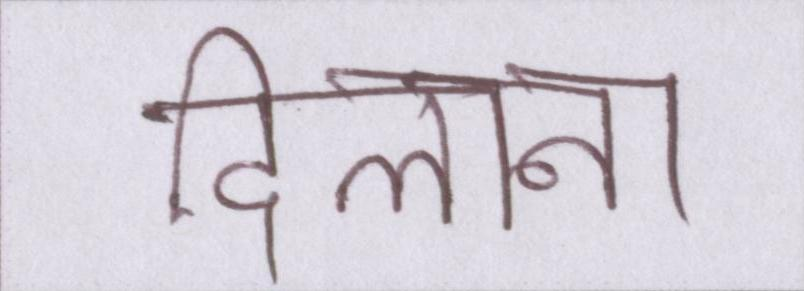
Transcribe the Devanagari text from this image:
दिलाना